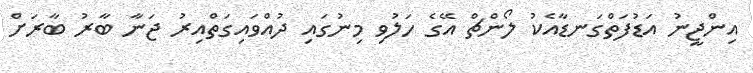
އިންޖީނު އަޑުފަތްގަނޑާއެކު ލޯންޗް އޭގެ ހަލުވި މިނުގައި ދުއްވައިގަތްއިރު ޖަނާ ބާރު ބާރަށް